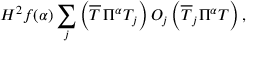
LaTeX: { \cal H } ^ { 2 } f ( \alpha ) \sum _ { j } \left( \overline { { { T } } } \, \Pi ^ { \alpha } T _ { j } \right) { \cal O } _ { j } \left( \overline { { { T } } } _ { j } \Pi ^ { \alpha } T \right) ,